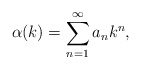
\begin{align*} \alpha(k) = \sum_{n=1}^{\infty} a_n k^n,\end{align*}